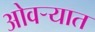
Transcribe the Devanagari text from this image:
ओवर्‍यात